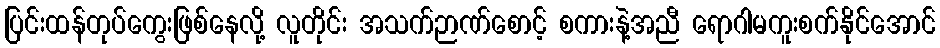
ပြင်းထန်တုပ်ကွေးဖြစ်နေလို့ လူတိုင်း အသက်ဉာဏ်စောင့် စကားနဲ့အညီ ရောဂါမကူးစက်နိုင်အောင်